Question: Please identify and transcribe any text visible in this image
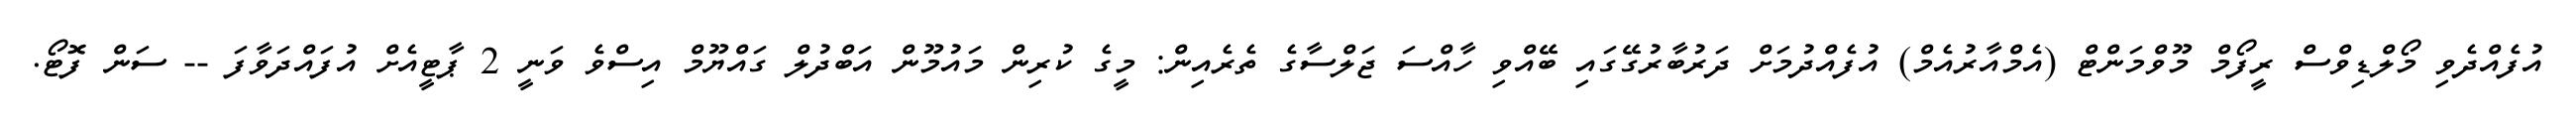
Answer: އުފެއްދެވި މޯލްޑިވްސް ރީފޯމް މޫވްމަންޓް (އެމްއާރުއެމް) އުފެއްދުމަށް ދަރުބާރުގޭގައި ބޭއްވި ހާއްސަ ޖަލްސާގެ ތެރެއިން: މީގެ ކުރިން މައުމޫން އަބްދުލް ގައްޔޫމް އިސްވެ ވަނީ 2 ޕާޓީއެށް އުފައްދަވާފަ -- ސަން ފޮޓޯ.